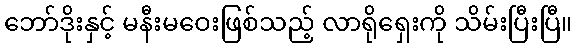
ဘော်ဒိုးနှင့် မနီးမဝေးဖြစ်သည့် လာရိုရှေးကို သိမ်းပြီးပြီ။